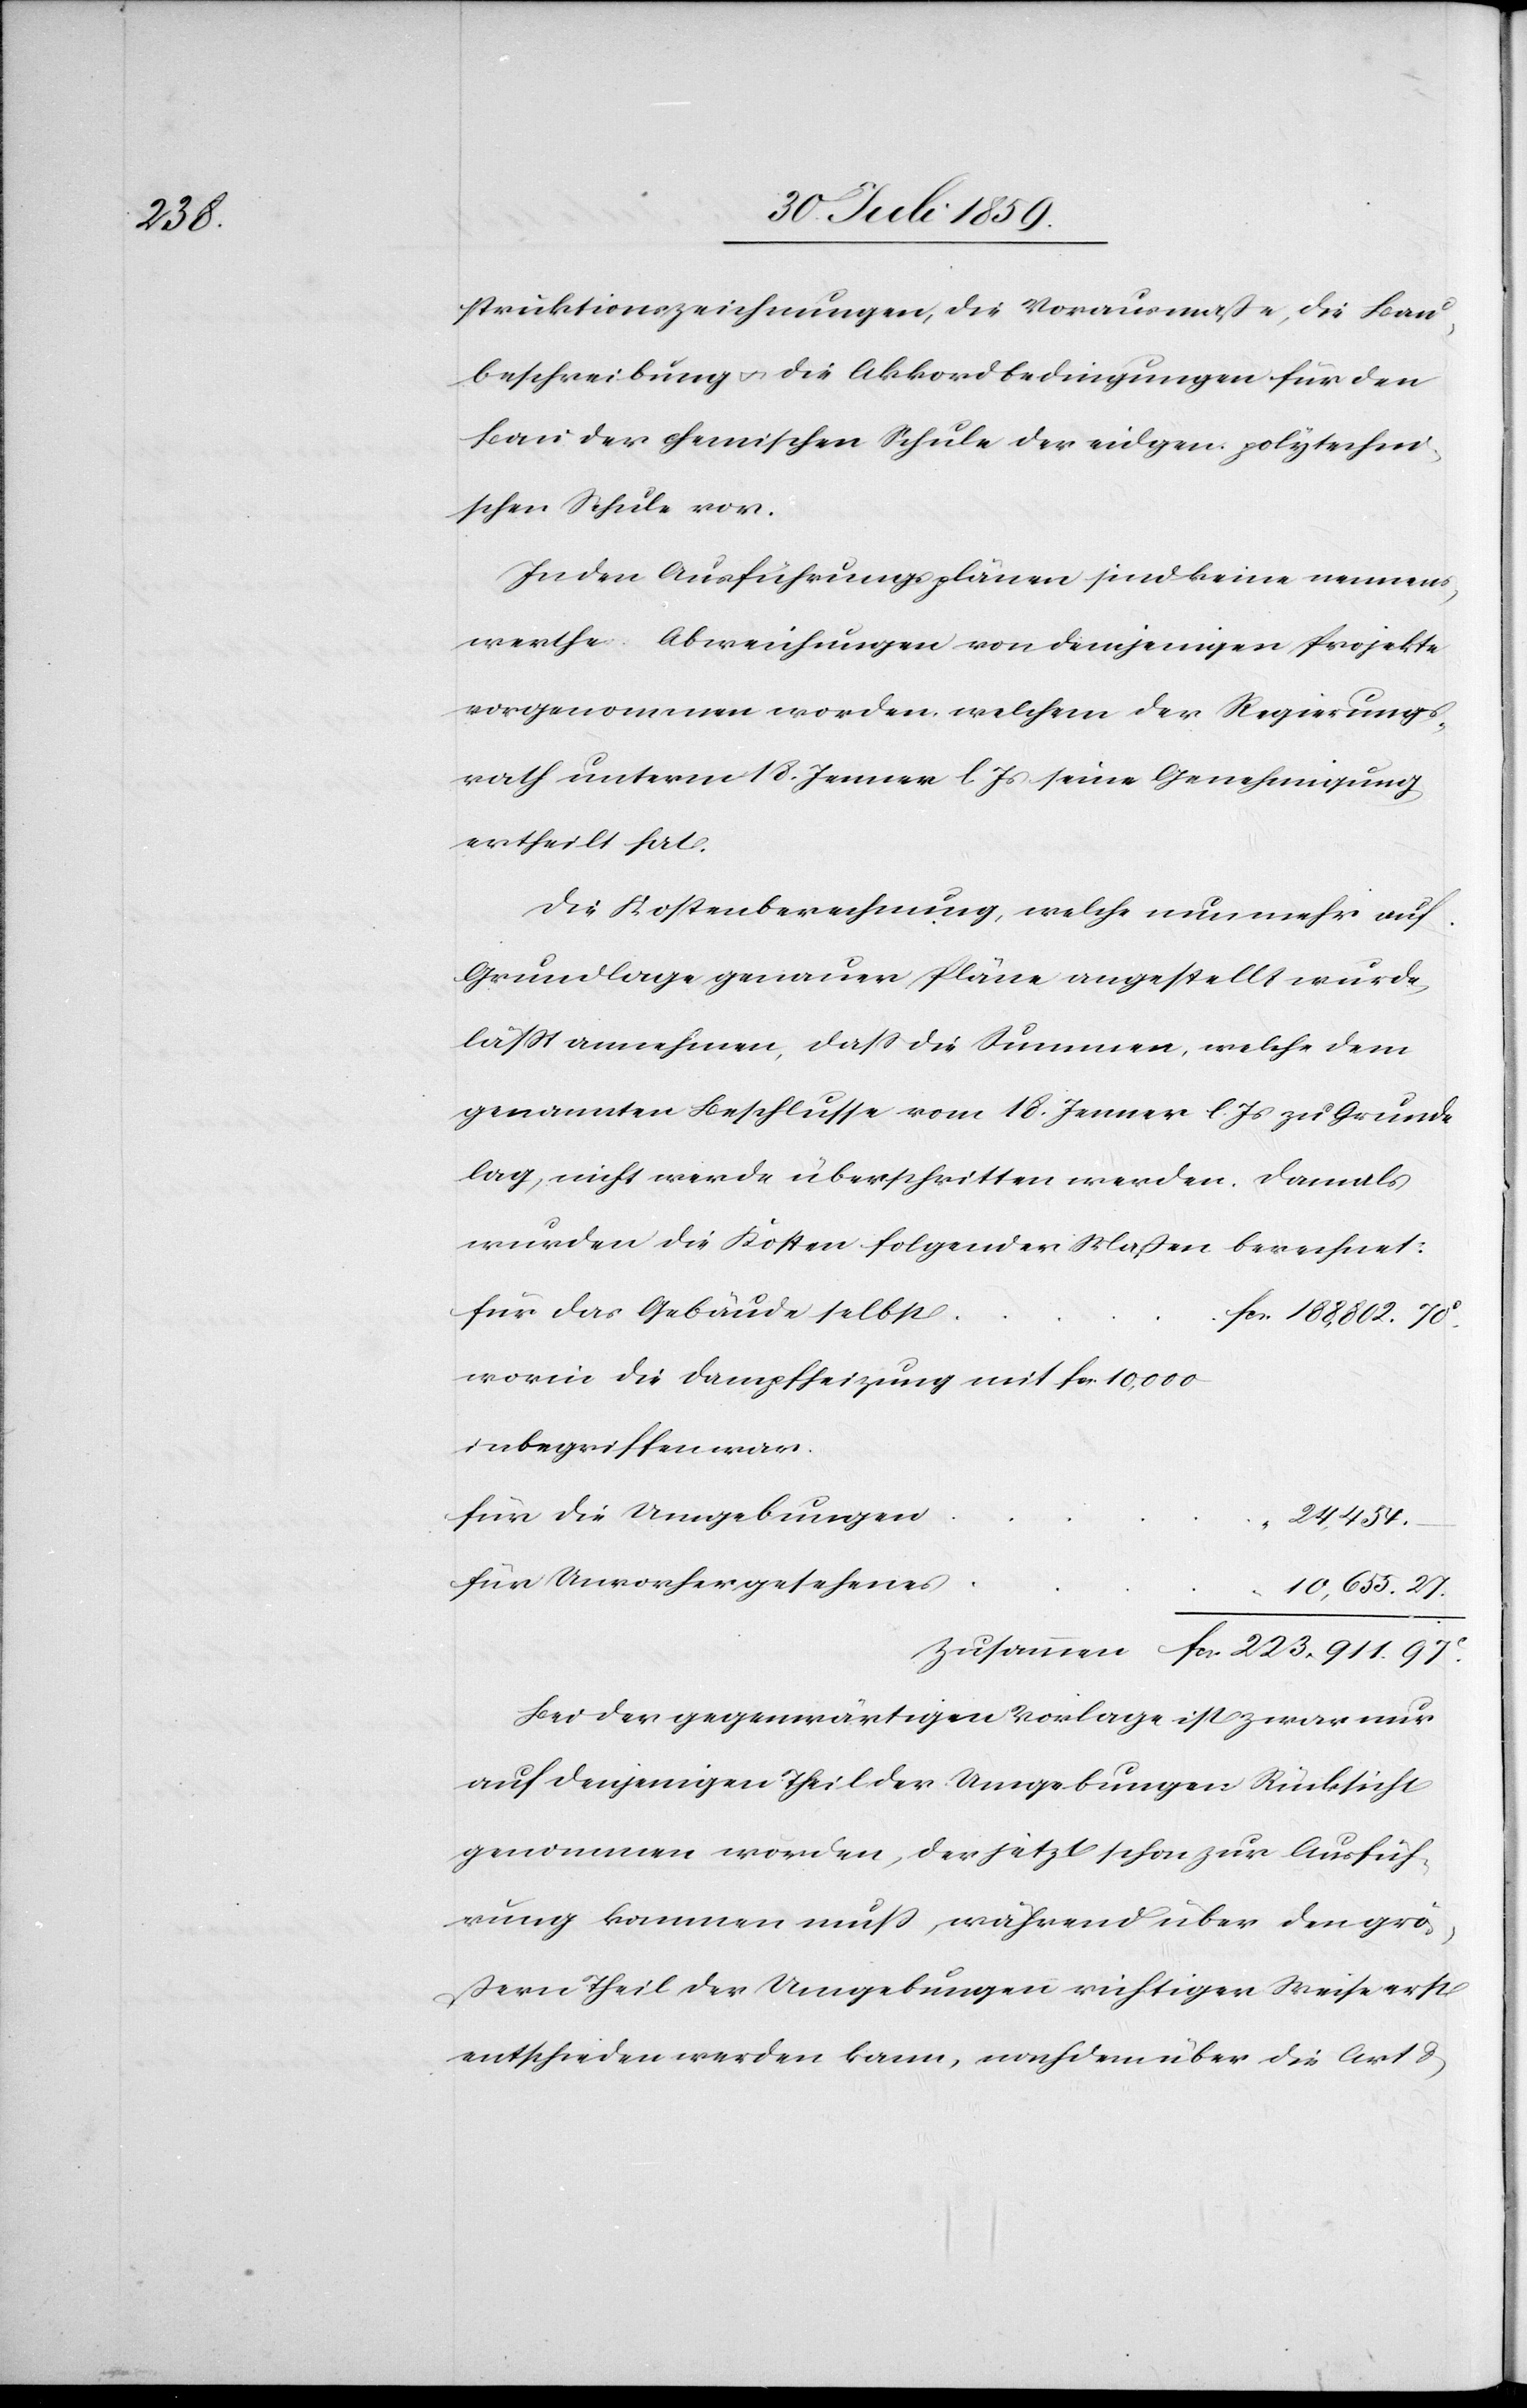
struktionszeichnungen, die Vorausmaße, die Bau¬
beschreibung u. die Akkordbedingungen für den
Bau der chemischen Schule der eidgen. polytechni¬
schen Schule vor.
In den Ausführungsplänen sind keine nennens¬
werthe Abweichungen von demjenigen Projekte
vorgenommen worden, welchem der Regierungs¬
rath unterm 18. Jenner l. Js. seine Genehmigung
ertheilt hat.
Die Kostenberechnung, welche nun mehr auf
Grundlage genauer Pläne angestellt wurde,
läßt annehmen, daß die Summen, welche dem
genannten Beschlusse vom 18. Jenner l. Js. zu Grunde
lag, nicht werde überschritten werden. Damals
wurden die Kosten folgender Maßen berechnet:
für das Gebäude selbst
worin die Dampfheizung mit fcs. 10,000
inbegriffen war.
für die Umgebungen
s
für Unvorhergesehene¬
10,655.27
Bei der gegenwärtigen Vorlage ist zwar nur
auf denjenigen Theil der Umgebungen Rücksicht
genommen worden, der jetzt schon zur Ausfüh¬
rung kommen muß, während über den grö¬
ßern Theil der Umgebungen richtiger Weise erst
entschieden werden kann, nachdem über die Art &